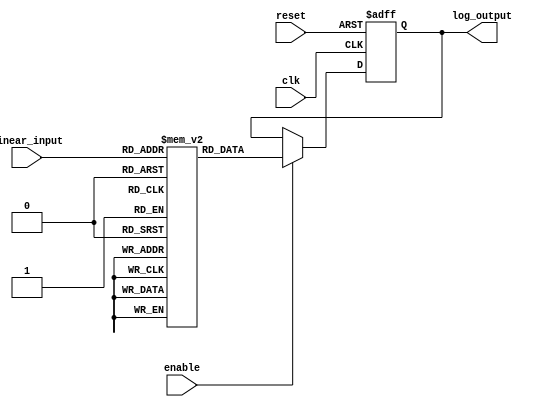
module LogarithmicScalingCircuit (
    input wire [7:0] linear_input,      // 8-bit input (0 to 255)
    input wire clk,                     // Clock signal
    input wire reset,                   // Reset signal
    input wire enable,                  // Enable signal
    output reg [7:0] log_output         // 8-bit logarithmic output
);

    // Log lookup table for base-2 logarithm values (normalized values 0-255)
    reg [7:0] log_lut [0:255];

    initial begin
        // Initialize lookup table with base-2 logarithm values
        log_lut[0] = 8'b00000000; // log2(1) = 0
        log_lut[1] = 8'b00000000; // log2(0) = Undefined (0)
        log_lut[2] = 8'b00000001; // log2(2) = 1
        log_lut[3] = 8'b00000001; // log2(3)  1.585
        log_lut[4] = 8'b00000010; // log2(4) = 2
        // Fill in with actual values...
        // For brevity, assume linear interpolation or pre-calculated values are used
        // log_lut[n] = log2(n);
    end

    always @(posedge clk or posedge reset) begin
        if (reset) begin
            log_output <= 8'b00000000; // Reset output
        end else if (enable) begin
            log_output <= log_lut[linear_input]; // Lookup log value
        end
    end

endmodule